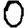
Digit: 0